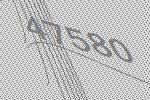
47580